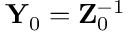
{ \bf Y } _ { 0 } = { \bf Z } _ { 0 } ^ { - 1 }